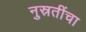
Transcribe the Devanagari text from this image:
नुस्रतींचा